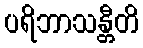
ပရိဘာသန္တီတိ